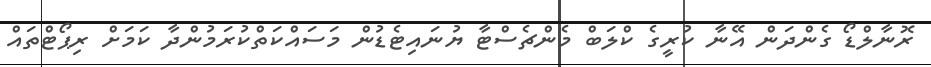
ރޮނާލްޑޯ ގެންދަން އޭނާ ކުރީގެ ކްލަބް މެންޗެސްޓާ ޔުނައިޓެޑުން މަސައްކަތްކުރަމުންދާ ކަމަށް ރިޕޯޓްތައް